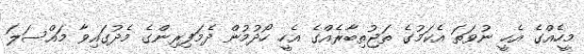
މީހެއްގެ އެހީ ނުވަތަ އެކަމުގެ ތަޖުތިބާރެއްގެ އެހީ ހޯދުމުން ދެމަފިރިންގެ މެދުގައިވާ މައްސަލަ